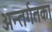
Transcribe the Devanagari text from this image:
अन्तर्गतका